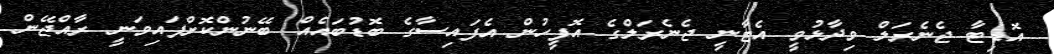
އޮޑިޓާ ޖެނެރަލް ވިދާޅުވީ އެޓާނީ ޖެނެރަލްގެ އޮފީހުން އެފައިސާގެ ބޮޑުބައެއް ބޭނުންކޮށްފައިވަނީ ރާއްޖޭން